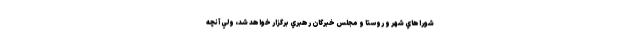
شوراهاي شهر و روستا و مجلس خبرگان رهبري برگزار خواهد شد، ولي آنچه